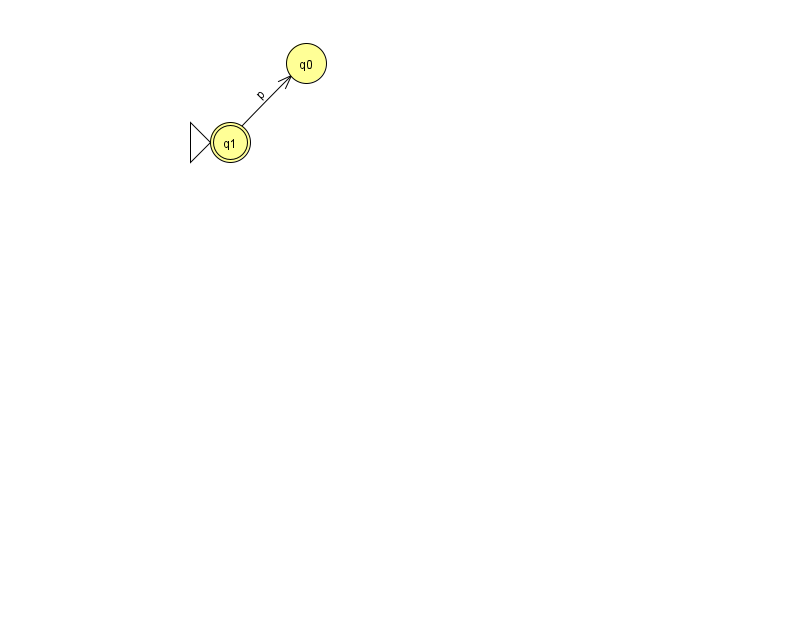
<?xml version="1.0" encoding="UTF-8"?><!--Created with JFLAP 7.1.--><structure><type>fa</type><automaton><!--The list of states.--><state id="0" name="q0"><x>306.0</x><y>50.0</y></state><state id="1" name="q1"><x>230.0</x><y>129.0</y><initial/><final/></state><!--The list of transitions.--><transition><from>1</from><to>0</to><read>p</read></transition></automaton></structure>